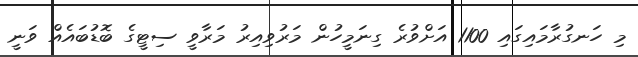
މި ހަނގުރާމައިގައި 1100 އަށްވުރެ ގިނަމީހުން މަރުވިއިރު މަރާވީ ސިޓީގެ ބޮޑުބައެއް ވަނީ